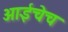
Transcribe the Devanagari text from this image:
आईचेच